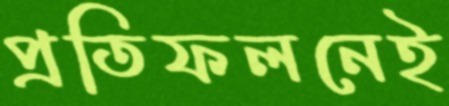
প্রতিফলনেই